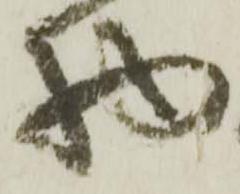
物